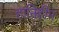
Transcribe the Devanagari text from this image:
हानिहीन